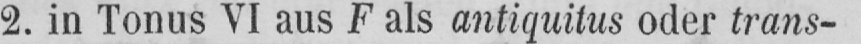
2. in Tonus VI aus F als antiquitus oder trans-